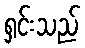
ရှင်းသည်